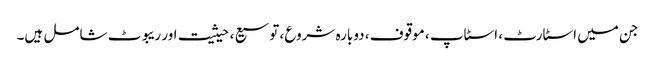
جن میں اسٹارٹ ، اسٹاپ ، موقوف ، دوبارہ شروع ، توسیع ، حیثیت اور ریبوٹ شامل ہیں۔